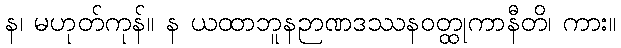
န၊ မဟုတ်ကုန်။ န ယထာဘူနဉာဏဒဿနဝတ္ထုကာနီတိ၊ ကား။